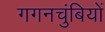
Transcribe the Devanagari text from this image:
गगनचुंबियों